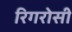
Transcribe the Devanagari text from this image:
रिगरोसी